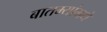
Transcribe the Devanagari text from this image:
बातम्यांमधे